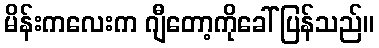
မိန်းကလေးက ဂျီတော့ကိုခေါ်ပြန်သည်။